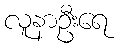
လူနာဦးရေ